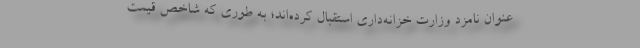
عنوان نامزد وزارت خزانه‌داری استقبال کرده‌اند؛ به طوری که شاخص قیمت